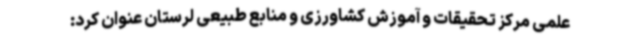
علمی مرکز تحقیقات و آموزش کشاورزی و منابع طبیعی لرستان عنوان کرد: